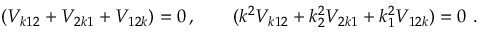
( V _ { k 1 2 } + V _ { 2 k 1 } + V _ { 1 2 k } ) = 0 \, , \qquad ( k ^ { 2 } V _ { k 1 2 } + k _ { 2 } ^ { 2 } V _ { 2 k 1 } + k _ { 1 } ^ { 2 } V _ { 1 2 k } ) = 0 \ .